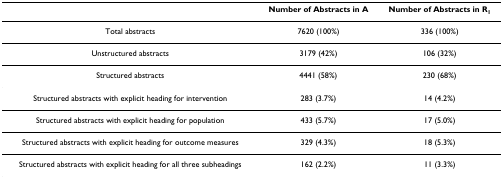
|  | Number of Abstracts in A | Number of Abstracts in R1 |
 | --- | --- | --- |
 | Total abstracts | 7620 (100%) | 336 (100%) |
 | Unstructured abstracts | 3179 (42%) | 106 (32%) |
 | Structured abstracts | 4441 (58%) | 230 (68%) |
 | Structured abstracts with explicit heading for intervention | 283 (3.7%) | 14 (4.2%) |
 | Structured abstracts with explicit heading for population | 433 (5.7%) | 17 (5.0%) |
 | Structured abstracts with explicit heading for outcome measures | 329 (4.3%) | 18 (5.3%) |
 | Structured abstracts with explicit heading for all three subheadings | 162 (2.2%) | 11 (3.3%) |